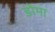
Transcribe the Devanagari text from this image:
डोमा